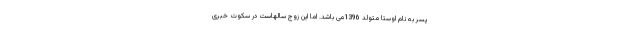
پسر به نام اوستا متولد 1396می باشد. اما این زوج سالهاست در سکوت خبری